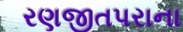
રણજીતપરાના